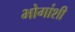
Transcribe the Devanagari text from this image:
भोगांशी